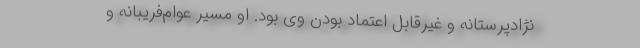
نژادپرستانه و غیرقابل اعتماد بودن وی بود. او مسیر عوام‌فریبانه و